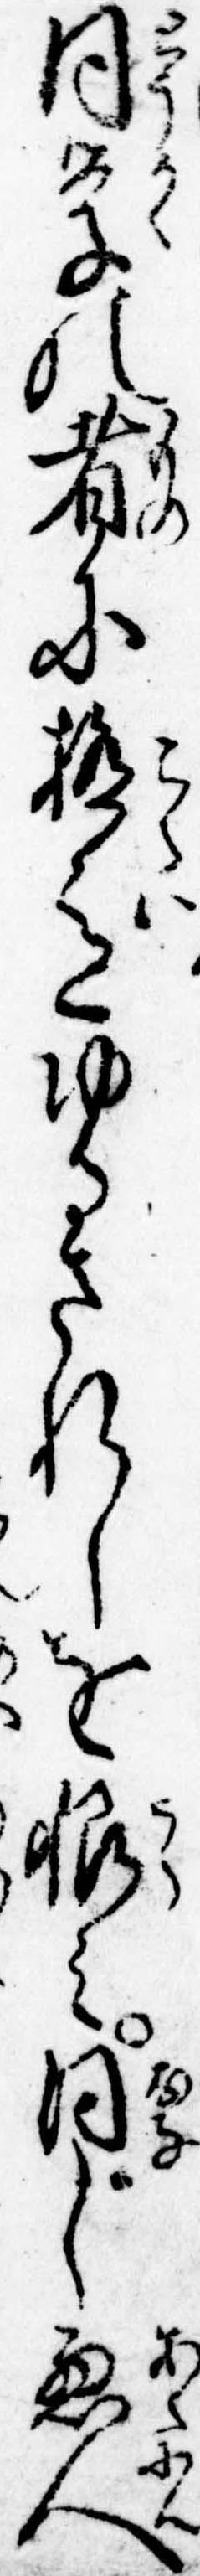
同学の者に極意ゆるされしを恨み同じ悪人